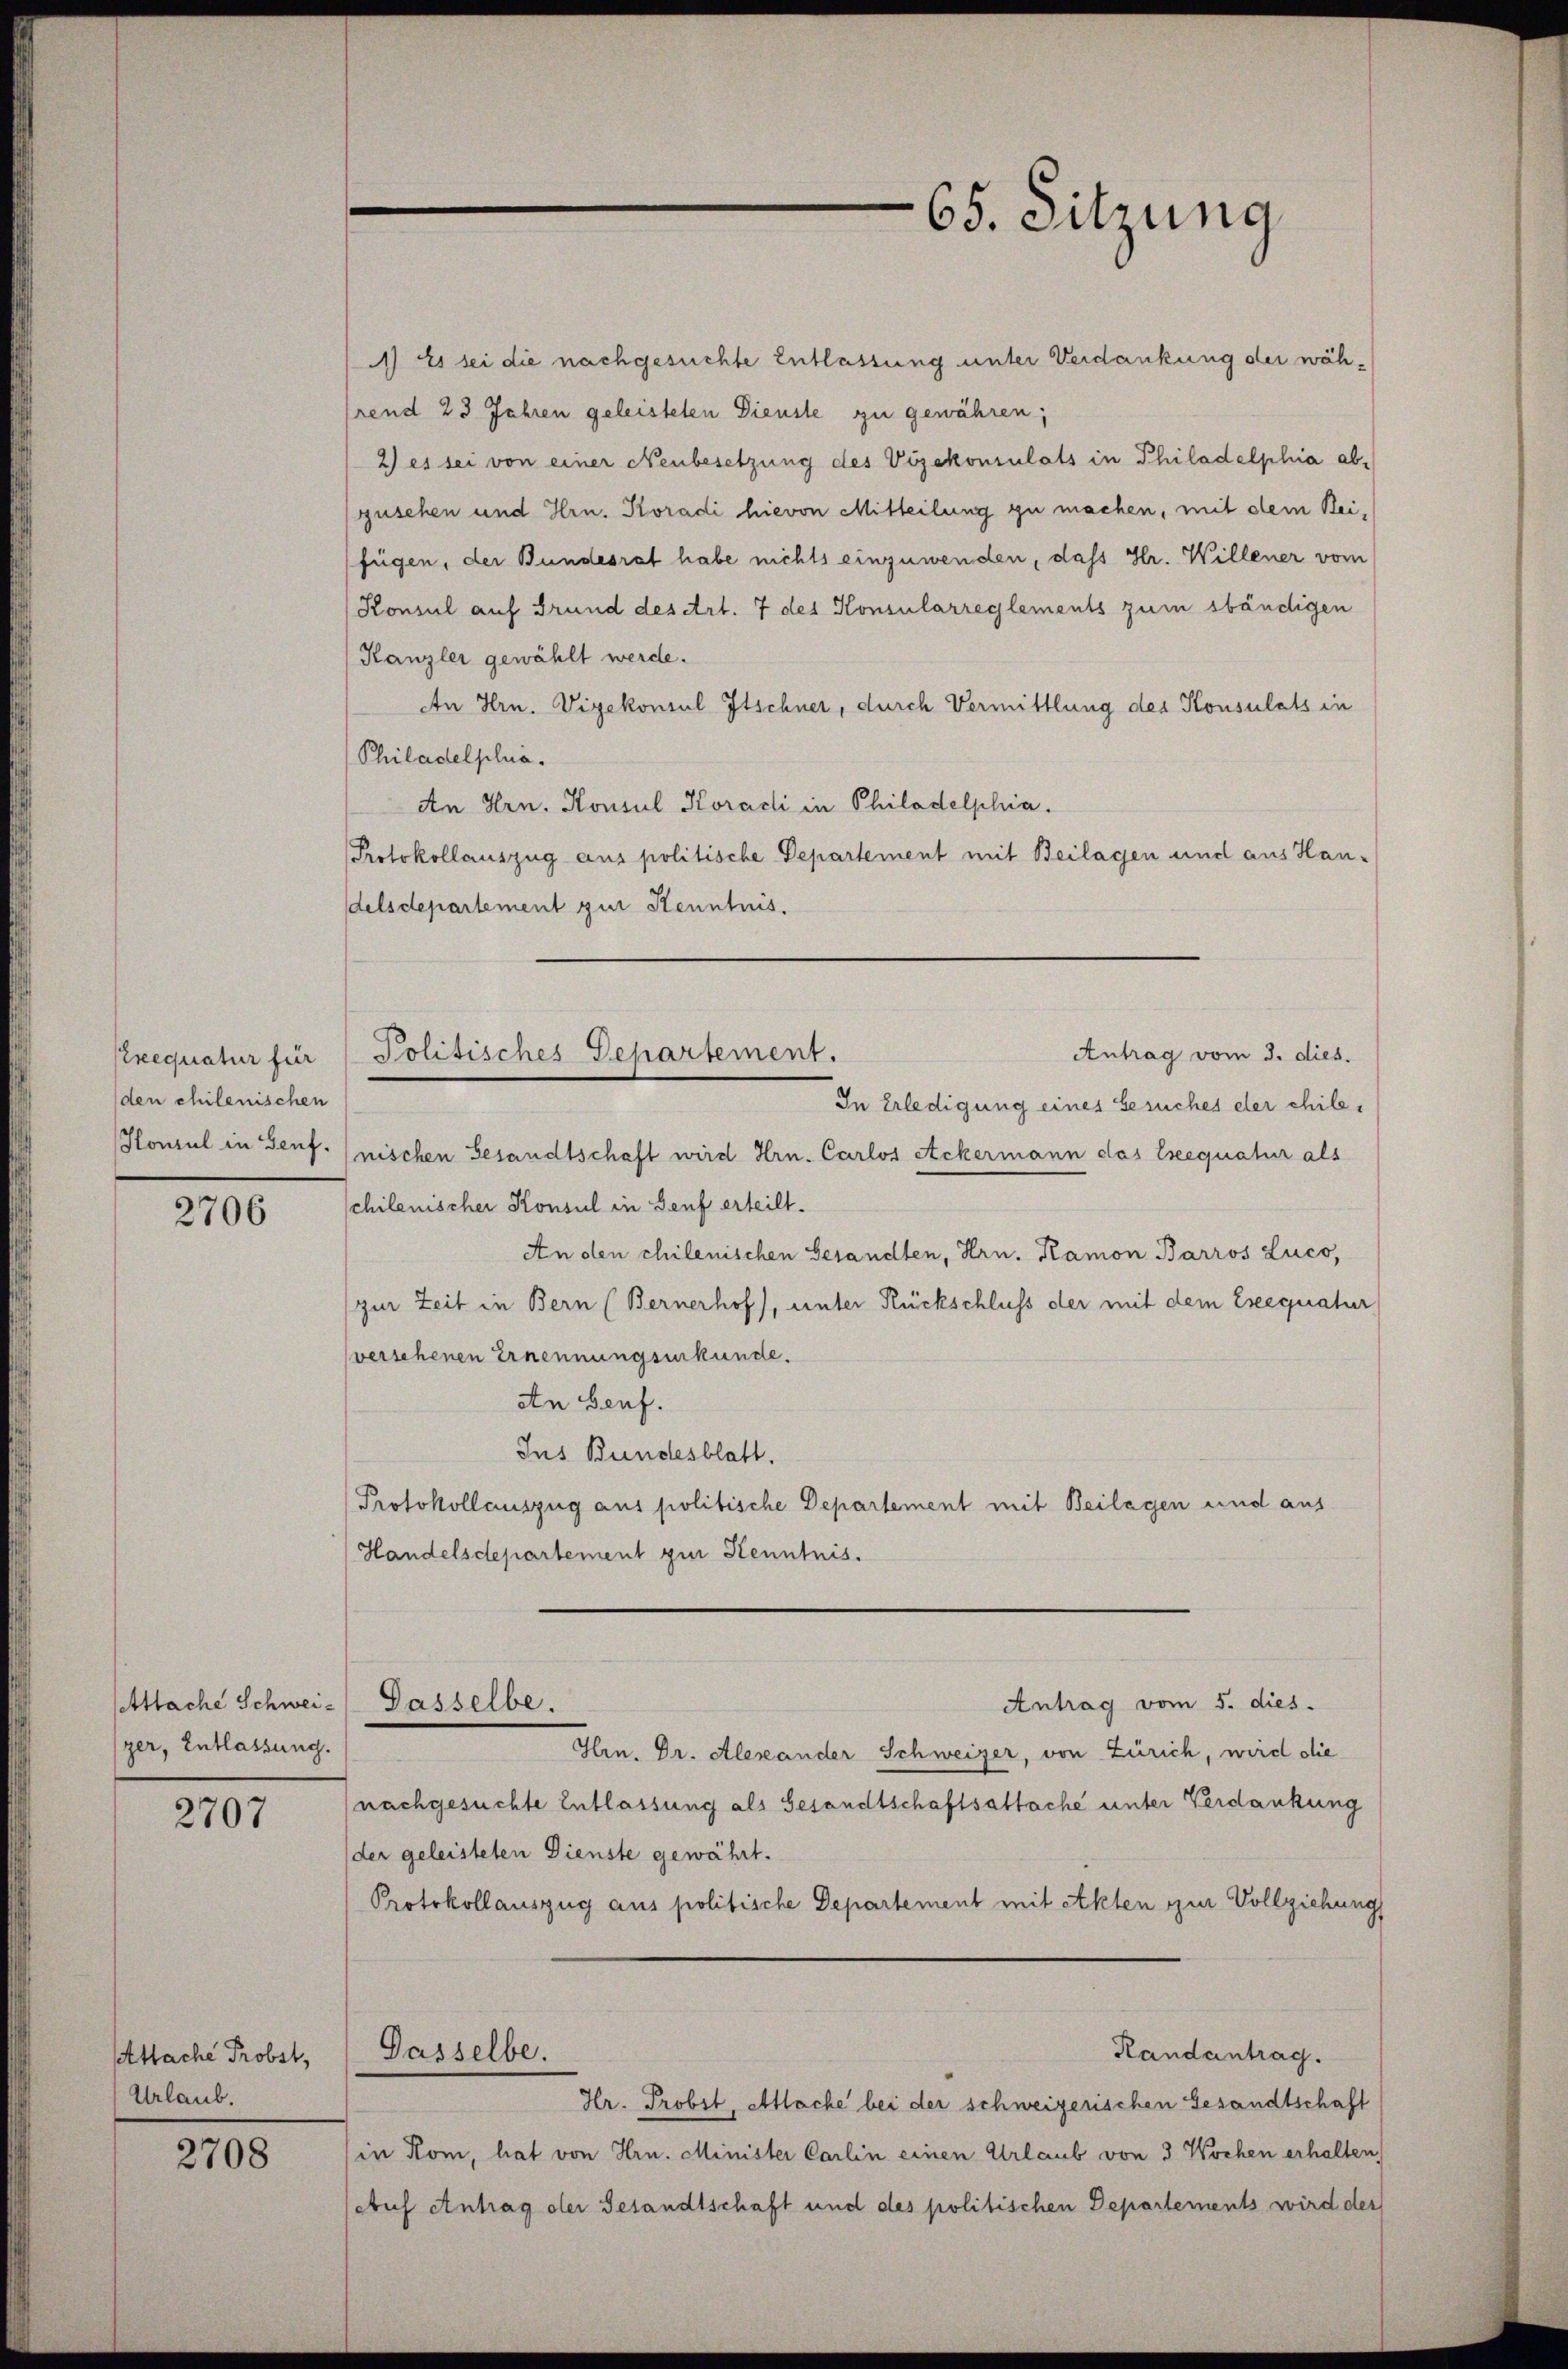
requatur für
(den chilenischen
Honsul in Genf.

2706

Attache Schweiger, Entlassung.

2707

Attache Probst,
Urlaub.

2708

1) Es sei die nachgesuchte Entlassung unter Verdankung der während 23 Jahren geleisteten Dienste zu gewähren;
2) es sei von einer Neubesetzung des Vizekonsulats in Philadelphia abgusehen und Hrn. Koradi hievon Mitteilung zu machen, mit dem Reifügen, der Bundesrat habe nichts einzuwenden, daß Hr. Willener vom
Konsul auf Grund des Art. 7 des Konsularreglements zum sbändigen
Kanzlei gewählt werde.
An Hrn. Vizekonsul Itschner, durch Vermittlung des Konsulats in
Philadelphia.
An Hrn. Konsul Koradi in Philadelphia.
Protokollauszug aus politische Departement mit Beilagen und aus Han-
delsdepartement zur Kenntnis.
Politisches Departement.
Antrag vom 3. dies.
In Erledigung eines Gesuches der chilenischen Gesandtschaft wird Hrn. Carlos Ackermann das Eseequatur als
chilenischer Konsul in Genf erteilt.
An den chilenischen Gesandten, Hrn. Ramon Barros Luco,
zur Zeit in Bern (Bernerhof, unter Rückschluss der mit dem Exequatur
versehenen Ernennungsurkunde.
An Genf.
Ins Bundesblatt.
Protokollauszug aus politische Departement mit Beilagen und aus
Handelsdepartement zur Kenntnis.

Dasselbe.

65. Sitzung

Antrag vom 5. dies
Hrn. Dr. Alexander Schweizer, von Zürich, wird die
nachgesuchte Entlassung als Gesandtschaftsattache unter Verdankung
der geleisteten Dienste gewährt.
Protokollauszug aus politische Departement mit Akten zur Vollziehung
Dasselbe.
Randantrag.
Hr. Probst, Atlache bei der schweizerischen Gesandtschaft
in Kom, hat von Hrn. Minister Carlin einen Urlaub von 3 Wochen erhalten,
chuf Antrag der Gesandtschaft und des politischen Departements wird der